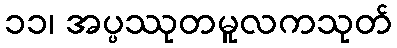
၁၁၊ အပ္ပဿုတမူလကသုတ်